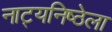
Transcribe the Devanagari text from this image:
नाट्यनिष्ठेला